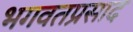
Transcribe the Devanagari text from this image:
भगवतप्रसाद